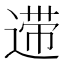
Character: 𰻆